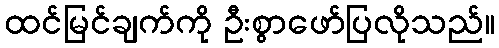
ထင်မြင်ချက်ကို ဦးစွာဖော်ပြလိုသည်။